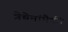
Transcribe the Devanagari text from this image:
त्रेचेनांपैकी